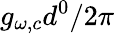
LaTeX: g_{\omega,c}d^{0}/2\pi